Relation of titanus [i.e. tetanus] to the hypodermic or intramuscular injection of quinine - Number 43
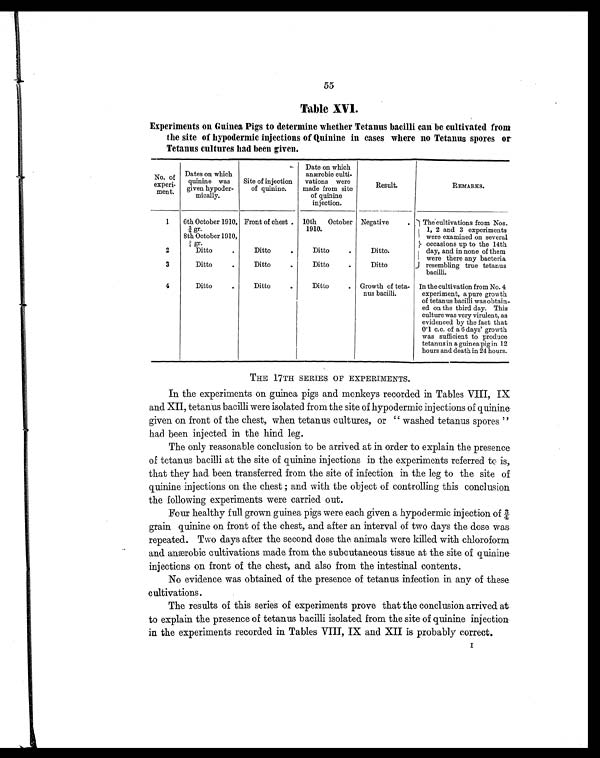
55
Table XVI.
Experiments on Guinea Pigs to determine whether Tetanus bacilli can be cultivated from
the site of hypodermic injections of Quinine in cases where no Tetanus spores or
Tetanus cultures had been given.
No . f
o
experi-
ment.
Dates on which
quinine was
given hypoder-
mically.
Site of injection
of quinine.
Date on which
anærobic culti-
vations were
made from site
of quinine
injection.
Result.
REMARKS.
1
6th October 1910,
¾ gr.
8th October 1910,
¾ g r .
Front of chest . 10th October
1910.
Negative
.
The cultivations from Nos.
1, 2 and 3 experiments
were examined on several
occasions up to the 14th
day, and in none of them
were there any bacteria
resembling true tetanus
bacilli.
2
Di t t o
.
Ditto
.
Ditto
.
Ditto.
3
Ditto
.
Ditto
.
Ditto
.
Ditto
4
Di t t o
.
Ditto
.
Ditto
. Growth of teta-
nus bacilli.
In the cultivation from No. 4
experiment, a pure growth
of tetanus bacilli was obtain-
ed on the third day. This
culture was very virulent, as
evidenced by the fact that
0.1 c.c. of a 6 days' growth
was sufficient to produce
tetanus in a guinea pig in 12
hours and death in 24 hours.
THE 17TH SERIES OF EXPERIMENTS.
In the experiments on guinea pigs and monkeys recorded in Tables VIII, IX
and XII, tetanus bacilli were isolated from the site of hypodermic injections of quinine
given on front of the chest, when tetanus cultures, or "washed tetanus spores"
had been injected in the hind leg.
The only reasonable conclusion to be arrived at in order to explain the presence
of tetanus bacilli at the site of quinine injections in the experiments referred to is,
that they had been transferred from the site of infection in the leg to the site of
quinine injections on the chest ; and with the object of controlling this conclusion
the following experiments were carried out.
Four healthy full grown guinea pigs were each given a hypodermic injection of
¾ grain quinine on front of the chest, and after an interval of two days the dose was
repeated. Two days after the second dose the animals were killed with chloroform
and anærobic cultivations made from the subcutaneous tissue at the site of quinine
injections on front of the chest, and also from the intestinal contents.
No evidence was obtained of the presence of tetanus infection in any of these
cultivations.
The results of this series of experiments prove that the conclusion arrived at
to explain the presence of tetanus bacilli isolated from the site of quinine injection
in the experiments recorded in Tables VIII, IX and XII is probably correct.
I